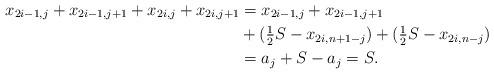
LaTeX: \begin{align*} x_{2i-1,j} + x_{2i-1,j+1} + x_{2i,j} + x_{2i,j+1} &=x_{2i-1,j} + x_{2i-1,j+1} \\ &+ (\tfrac{1}{2} S - x_{2i,n+1-j}) + (\tfrac{1}{2} S - x_{2i,n-j}) \\ &= a_j +S -a_j =S.\end{align*}